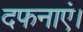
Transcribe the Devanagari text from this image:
दफनाएं।